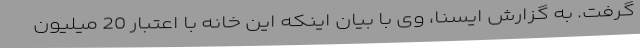
گرفت. به گزارش ایسنا، وی با بیان اینکه این خانه با اعتبار 20 میلیون